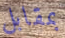
بمقابل